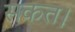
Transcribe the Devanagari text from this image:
सकत।